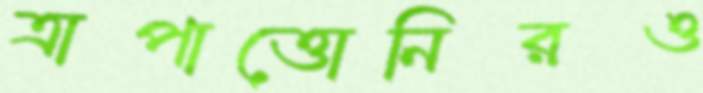
ত্রাপাত্তোনিরও